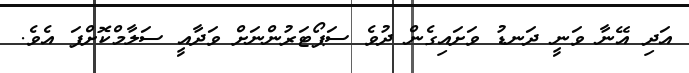
އަދި އޭނާ ވަނީ ދަނޑު ވަށައިގެން ދުވެ ސަޕޯޓަރުންނަށް ވަދާއީ ސަލާމްކޮށްފަ އެވެ.